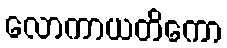
လောကာယတိကော